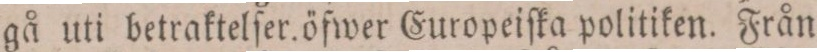
gå uti betraktelſer öfwer Europeiſka politiken. Från